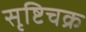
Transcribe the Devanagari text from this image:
सृष्टिचक्र